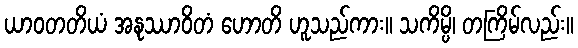
ယာဝတတိယံ အနုဿာဝိတံ ဟောတိ ဟူသည်ကား။ သကိမ္ပိ၊ တကြိမ်လည်း။